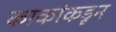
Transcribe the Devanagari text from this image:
काकांकडून